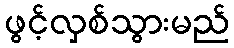
ဖွင့်လှစ်သွားမည်